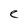
Character: e